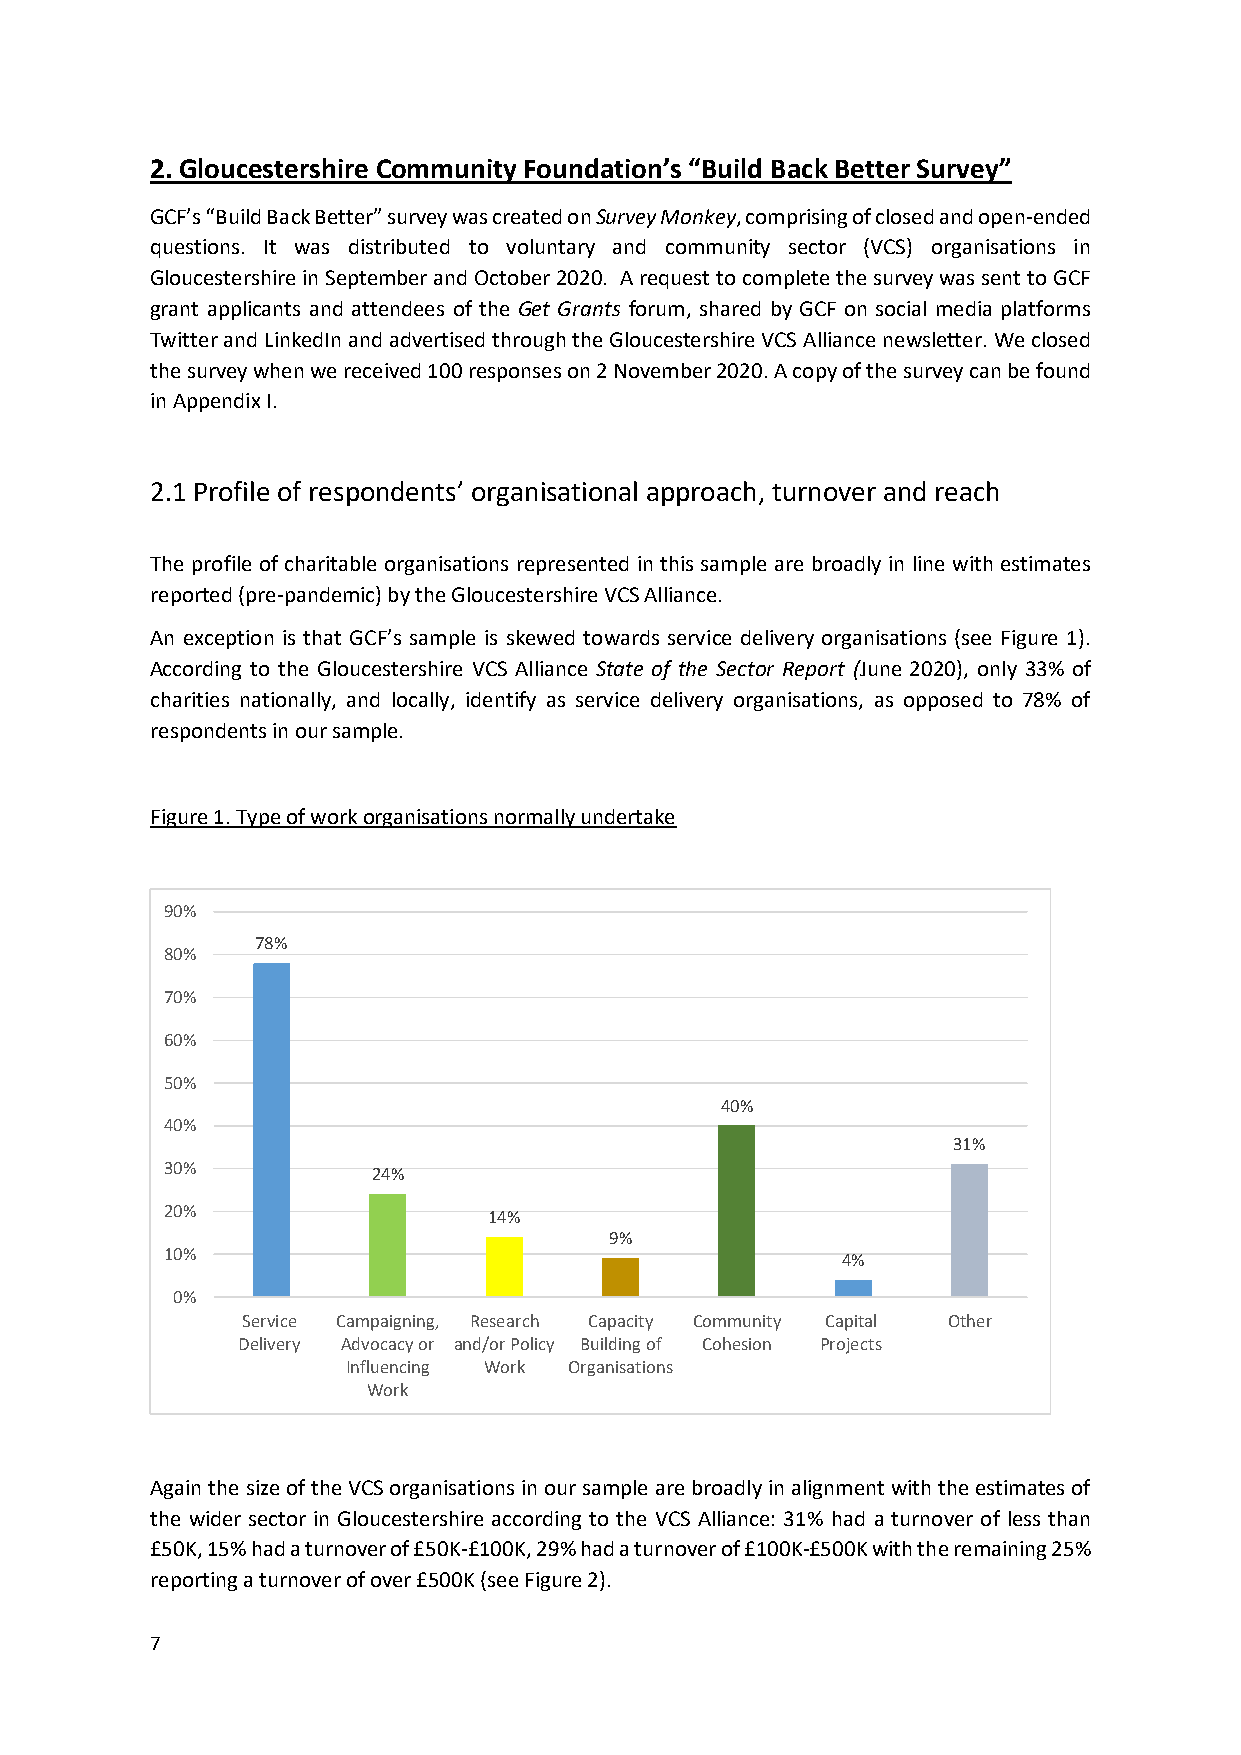
2. Gloucestershire Community Foundation’s “Build Back Better Survey”
 GCF’s “Build Back Better” survey was created on Survey Monkey, comprising of closed and open-ended
 questions. It was distributed to voluntary and community sector (VCS) organisations in
 Gloucestershire in September and October 2020. A request to complete the survey was sent to GCF
 grant applicants and attendees of the Get Grants forum, shared by GCF on social media platforms
 Twitter and LinkedIn and advertised through the Gloucestershire VCS Alliance newsletter. We closed
 the survey when we received 100 responses on 2 November 2020. A copy of the survey can be found
 in Appendix I.
 2.1 Profile of respondents’ organisational approach, turnover and reach
 The profile of charitable organisations represented in this sample are broadly in line with estimates
 reported (pre-pandemic) by the Gloucestershire VCS Alliance.
 An exception is that GCF’s sample is skewed towards service delivery organisations (see Figure 1).
 According to the Gloucestershire VCS Alliance State of the Sector Report (June 2020), only 33% of
 charities nationally, and locally, identify as service delivery organisations, as opposed to 78% of
 respondents in our sample.
 Figure 1. Type of work organisations normally undertake
 90%
 78%
 80%
 70%
 60%
 50%
 40%
 40%
 31%
 30%           24%
 20%                  14%
 9%
 10%                                          4%
 0%
 Service Campaigning, Research Capacity Community Capital Other
 Delivery Advocacy or and/or Policy Building of Cohesion Projects
 Influencing Work Organisations
 Work
 Again the size of the VCS organisations in our sample are broadly in alignment with the estimates of
 the wider sector in Gloucestershire according to the VCS Alliance: 31% had a turnover of less than
 £50K, 15% had a turnover of £50K-£100K, 29% had a turnover of £100K-£500K with the remaining 25%
 reporting a turnover of over £500K (see Figure 2).
 7